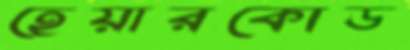
হেয়ারকোড